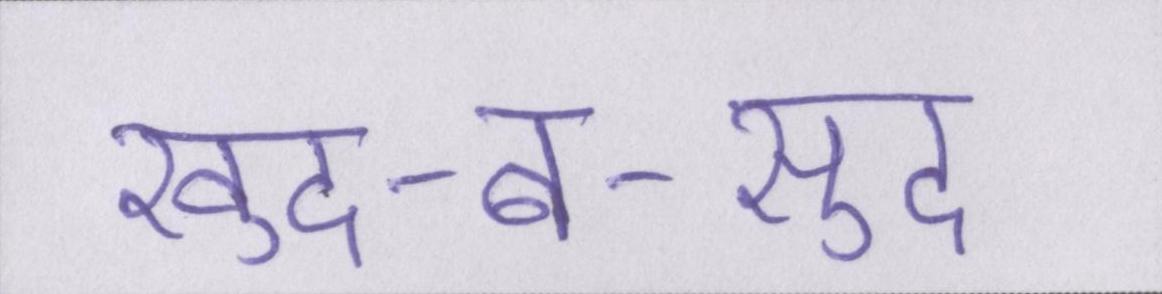
खुद-ब-खुद